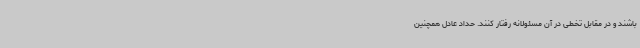
باشند و در مقابل تخطی در آن مسئولانه رفتار کنند. حداد عادل همچنین